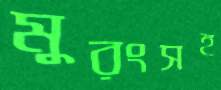
মুরংসহ